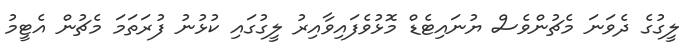
ލީގުގެ ދެވަނަ މެޗުންވެސް ޔުނައިޓެޑް މޮޅުވެފައިވާއިރު ލީގުގައި ކުޅުނު ފުރަތަމަ މެޗުން އެޓީމު